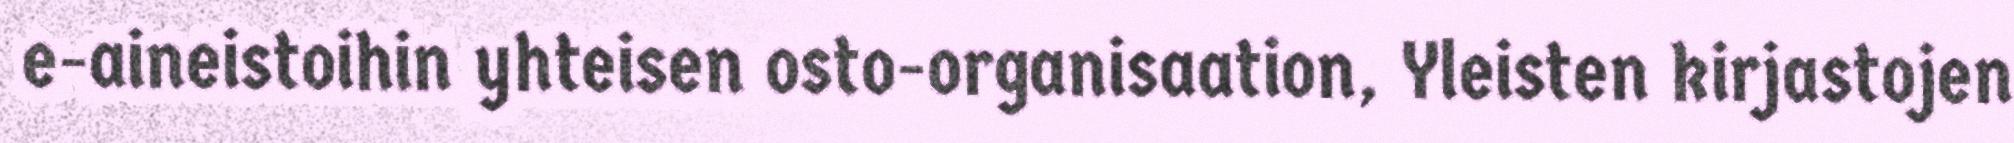
e-aineistoihin yhteisen osto-organisaation, Yleisten kirjastojen